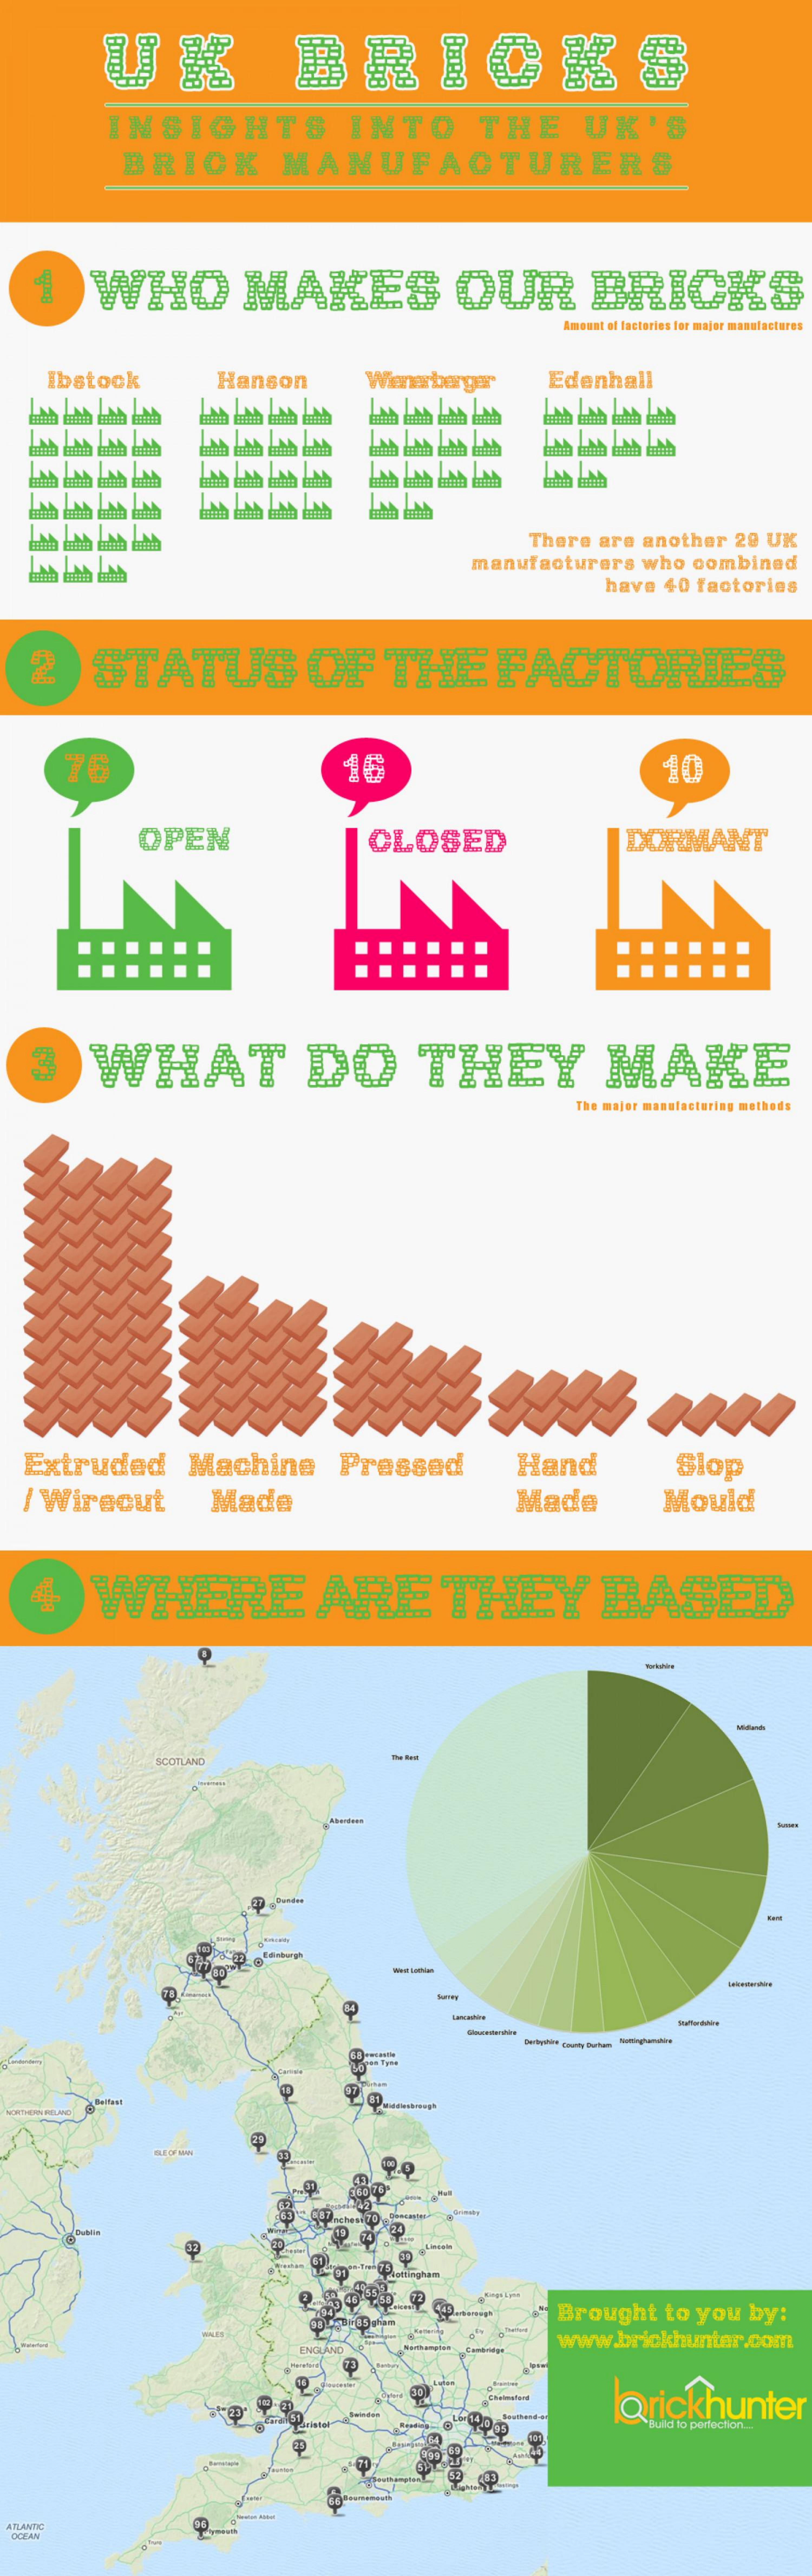
INSIGHTS    INTO    THE    UK'S
     BRICK    MANUFACTURERS
    1    WHO    MAKES    OUR    BR
     Amount of factories for major manufactures
     Ibstock    Hanson    Wienerberger    Edenhall
     111111 111111 1111 11111 1111 1111 11111 1111
     There  are another   20 UK
     manufacturers    who  combined
     have  40 factories
   2    STATUS    OF    THE    FACTORIES
     76    16    10
     OPEN    CLOSED    DORMANT
   3    WHAT    DO    THEY    MAKE
     The major manufacturing methods
   Extruded    Machine    Pressed    Hand    Slop
  / Wirecut    Made    Made    Mould
   4    WHERE    ARE    THEY    BASED
     SCOTLAND
     Aberdeen    -
     -
     Limite
     Nottingham
     mit Lyte
     Brought   to  you  by:
     www.brickhunter.com
     ENGLAND
     arickhunter
     iristed
  ATLANTIC